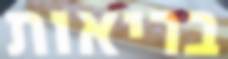
בריאות